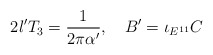
\begin{align*}2 l'T_3={{1}\over{2\pi\alpha'}},\quad B'=\iota_{E^{11}}C\end{align*}